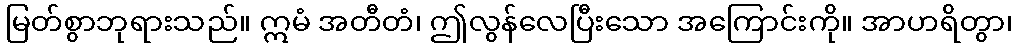
မြတ်စွာဘုရားသည်။ ဣမံ အတီတံ၊ ဤလွန်လေပြီးသော အကြောင်းကို။ အာဟရိတွာ၊